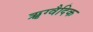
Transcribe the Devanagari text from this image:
ॠग्वैदिक